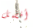
أفضل